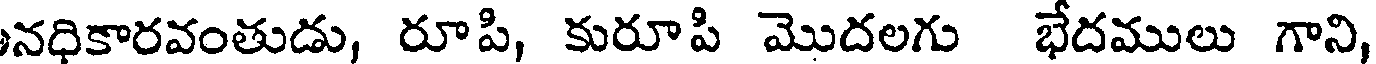
నధికారవంతుడు, రూపి, కురూపి మొదలగు భేదములు గాని,